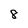
Character: 8